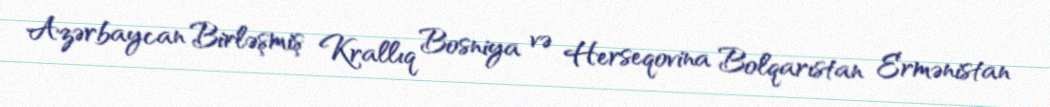
Azərbaycan Birləşmiş Krallıq Bosniya və Herseqovina Bolqarıstan Ermənistan